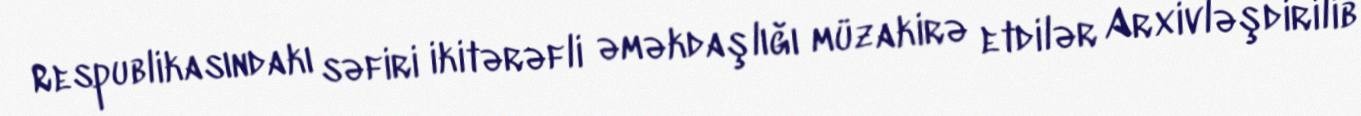
Respublikasındakı səfiri ikitərəfli əməkdaşlığı müzakirə etdilər Arxivləşdirilib